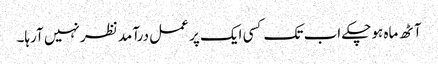
آٹھ ماہ ہوچکے اب تک کسی ایک پر عمل درآمد نظر نہیں آرہا۔